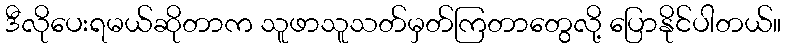
ဒီလိုပေးရမယ်ဆိုတာက သူဖာသူသတ်မှတ်ကြတာတွေလို့ ပြောနိုင်ပါတယ်။